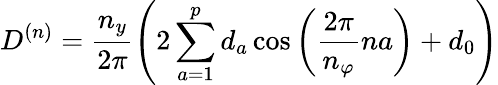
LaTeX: D^{(n)}=\frac{n_{y}}{2\pi}\left(2\sum_{a=1}^{p}d_{a}\cos\left(\frac{2\pi}{n_{\varphi}}na\right)+d_{0}\right)